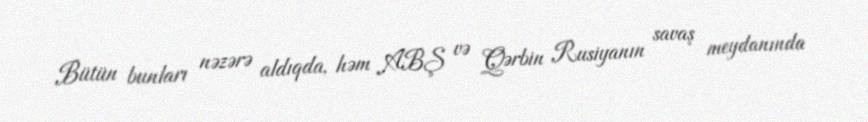
Bütün bunları nəzərə aldıqda, həm ABŞ və Qərbin Rusiyanın savaş meydanında